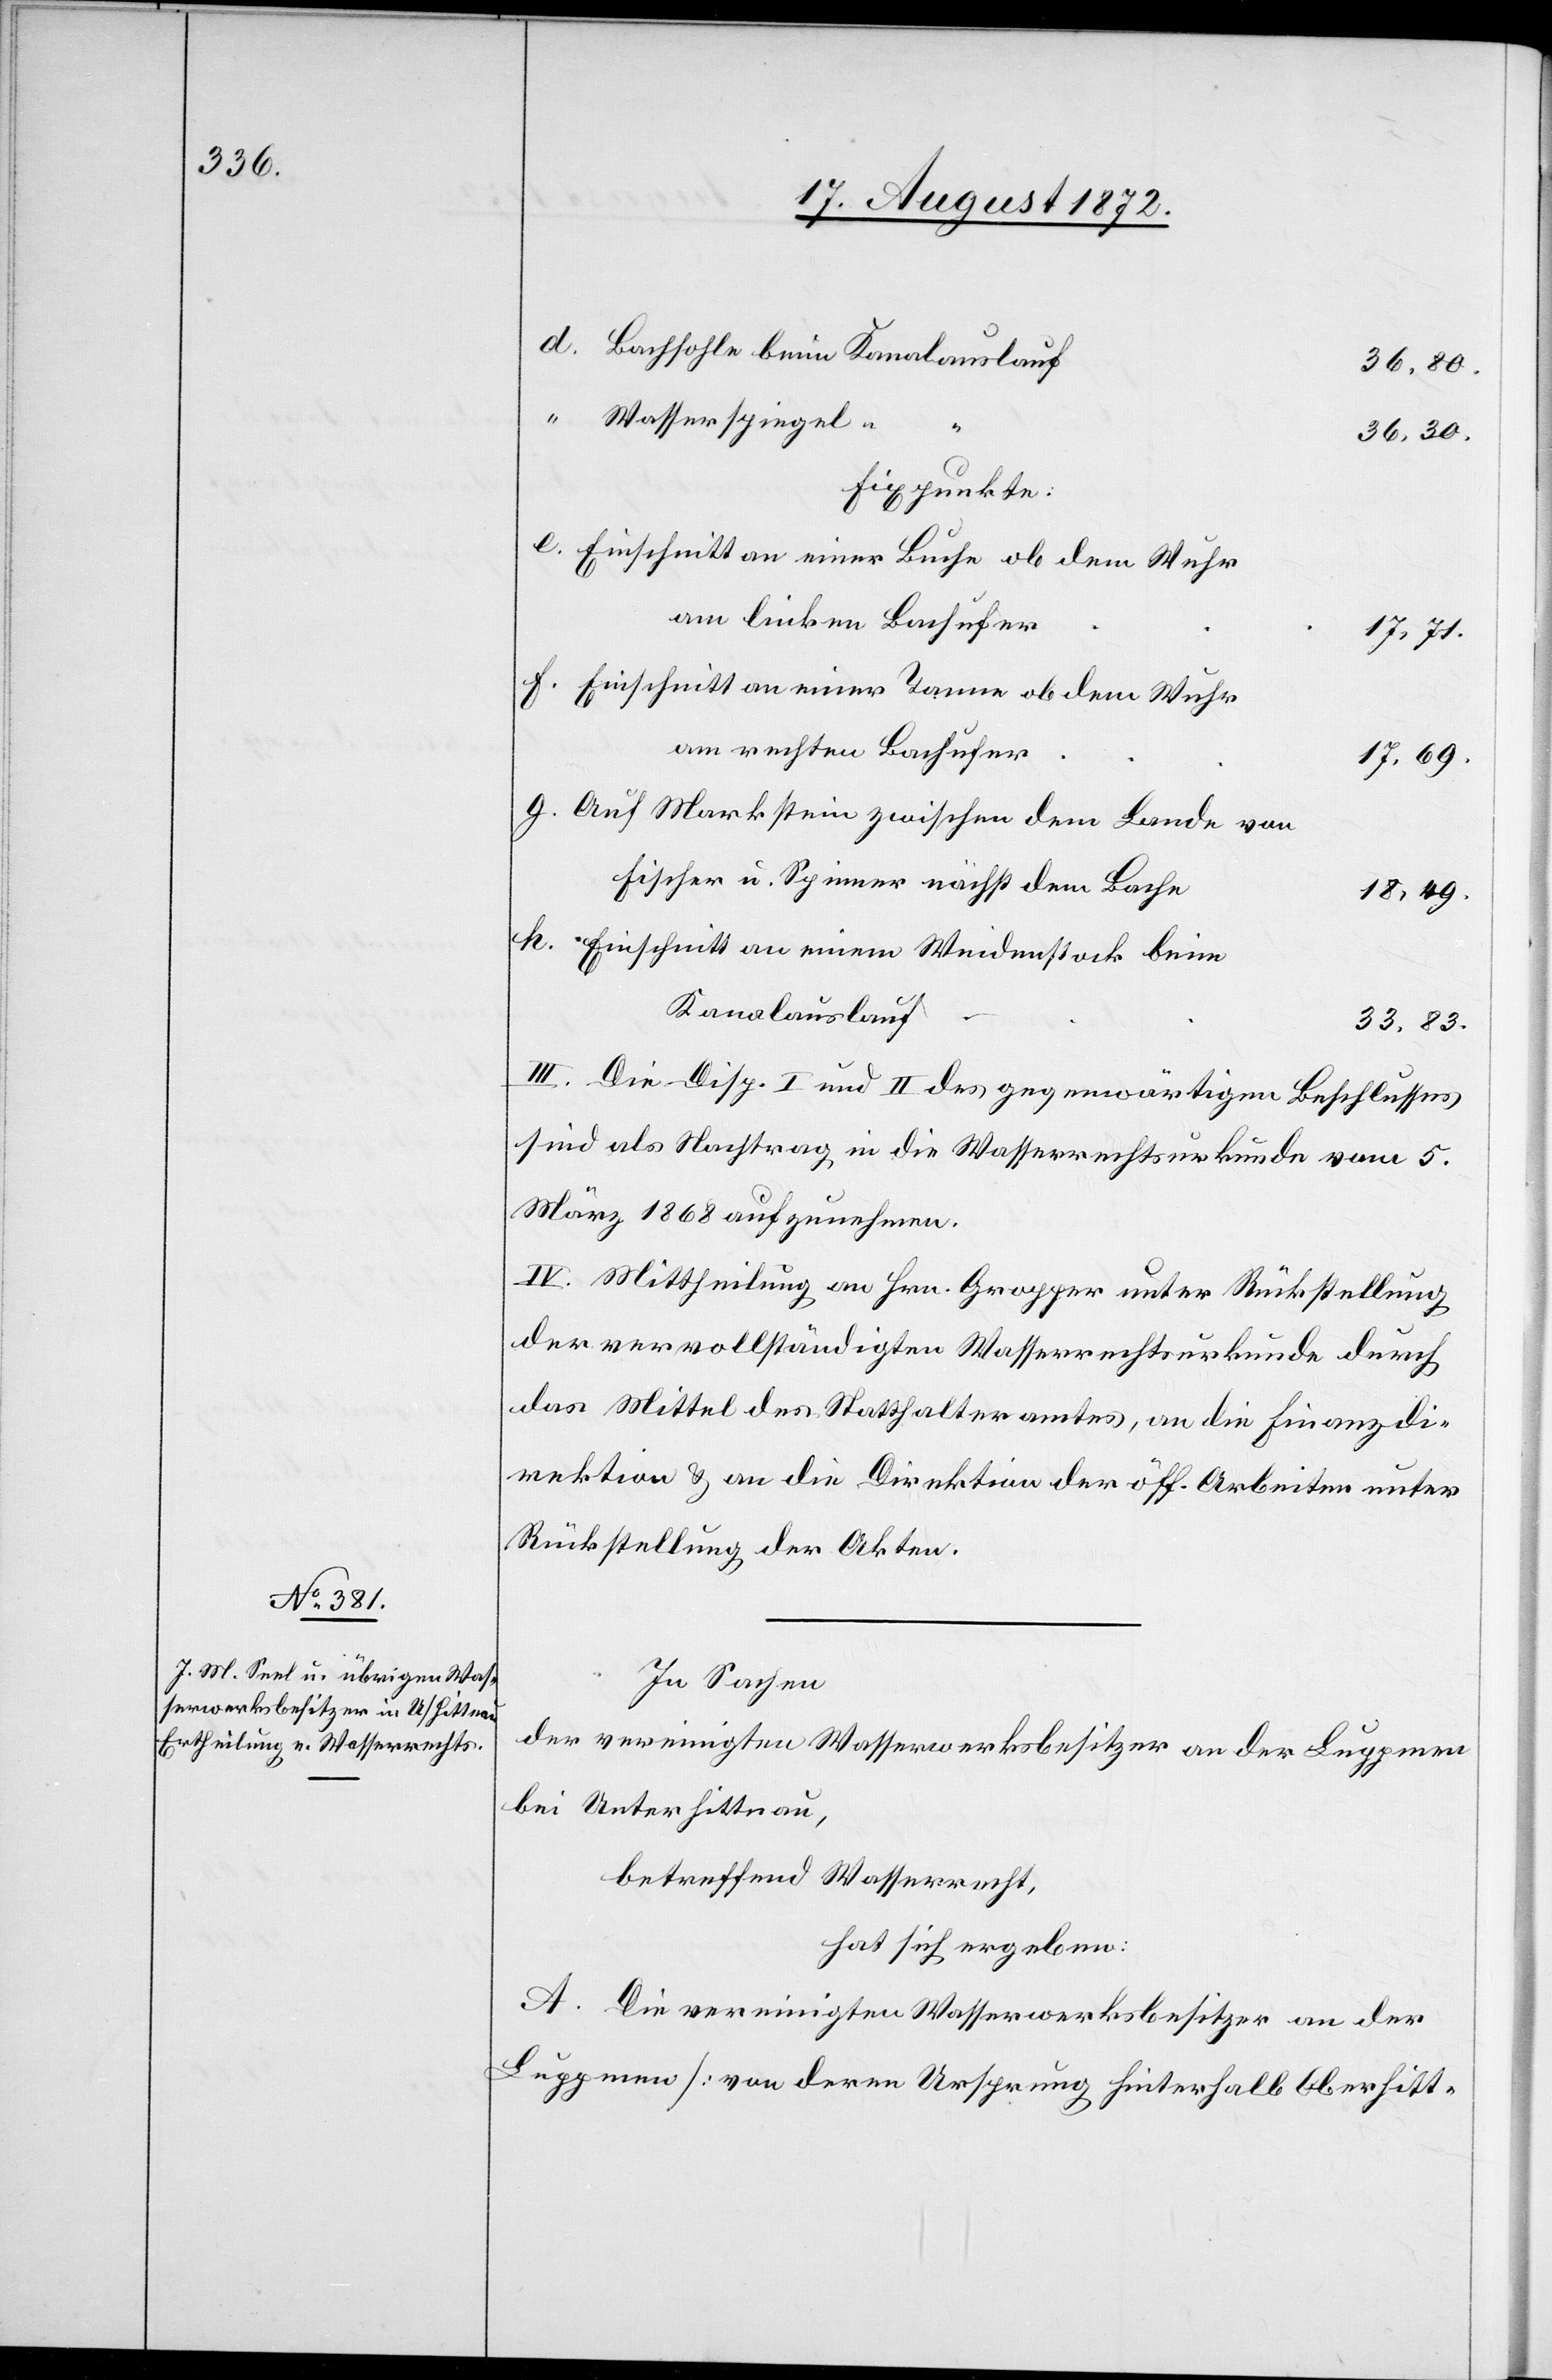
Bachsohle beim Kanalauslauf
36,30.
e.
Wasserspiegel “
Einschnitt an einer Buche ob dem Wuhr
am linken Bachufer
17,71.
Einschnitt an einer Tanne ob dem Wuhr
am rechten Bachufer
17,69.
Auf Markstein zwischen dem Lande von
Fischer u. Spinner nächst dem Bache
18,49.
Einschnitt an einem Weidenstock beim
Kanalauslauf
33,83.
III. Die Disp. I und II des gegenwärtigen Beschlusses
sind als Nachtrag in die Wasserrechtsurkunde vom 5.
März 1868 aufzunehmen.
IV. Mittheilung an Hrn. Gropper unter Rückstellung
der vervollständigten Wasserrechtsurkunde durch
das Mittel des Statthalteramtes, an die Finanzdi¬
rektion u. an die Direktion der öff. Arbeiten unter
Rückstellung der Akten.
In Sachen
der vereinigten Wasserwerksbesitzer an der Luppmen
bei Unterhittnau,
betreffend Wasserrecht,
hat sich ergeben:
A. Die vereinigten Wasserwerksbesitzer an der
Luppmen [von deren Ursprung hinterhalb Oberhitt-